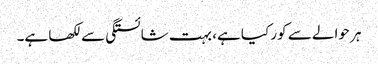
ہر حوالے سے کور کیا ہے، بہت شائستگی سے لکھا ہے۔